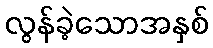
လွန်ခဲ့သောအနှစ်